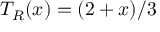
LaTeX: T _ { R } ( x ) = ( 2 + x ) / 3